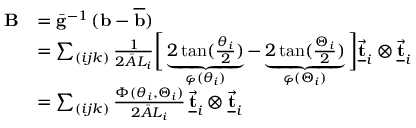
\begin{array} { r l } { { \bf B } } & { = \bar { \bf g } ^ { - 1 } \, ( { \bf b } - \overline { { \bf b } } ) } \\ & { = \sum _ { ( i j k ) } \frac { 1 } { 2 \bar { A } L _ { i } } \bigg [ \underbrace { 2 \tan ( \frac { \theta _ { i } } { 2 } ) } _ { \varphi ( \theta _ { i } ) } - \underbrace { 2 \tan ( \frac { \Theta _ { i } } { 2 } ) } _ { \varphi ( \Theta _ { i } ) } \bigg ] \underline { { \vec { \bf t } } } _ { i } \otimes \underline { { \vec { \bf t } } } _ { i } } \\ & { = \sum _ { ( i j k ) } \frac { \Phi ( \theta _ { i } , \Theta _ { i } ) } { 2 \bar { A } L _ { i } } \, \underline { { \vec { \bf t } } } _ { i } \otimes \underline { { \vec { \bf t } } } _ { i } } \end{array}